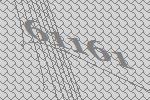
61161